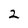
Character: 2